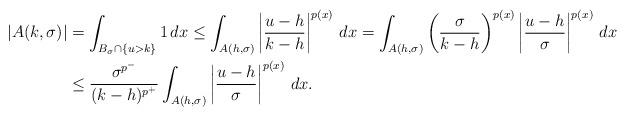
LaTeX: \begin{align*}|A(k,\sigma)| &= \int_{B_\sigma \cap \{u > k\}} 1\,dx \leq \int_{A(h,\sigma)} \left|\frac{u-h}{k-h}\right|^{p(x)}\,dx= \int_{A(h,\sigma)} \left(\frac{\sigma}{k-h}\right)^{p(x)} \left|\frac{u-h}{\sigma}\right|^{p(x)}\,dx \\&\leq \frac{\sigma^{p^-}}{(k-h)^{p^+}} \int_{A(h,\sigma)} \left|\frac{u-h}{\sigma}\right|^{p(x)}\,dx. \end{align*}